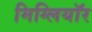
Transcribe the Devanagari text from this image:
मिग्लियॉर